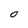
Character: O